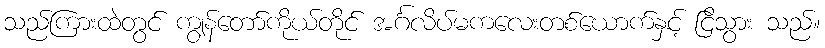
သည်ကြားထဲတွင် ကျွန်တော်ကိုယ်တိုင် အင်္ဂလိပ်မကလေးတစ်ယောက်နှင့် ငြိသွား သည်။